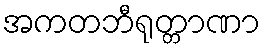
အကတဘီရုတ္တာဏာ